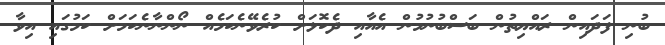
ބުނި ފަދައިން ރައްޔިތުން ބަސްބުނުމުން އެއާއި ދެކޮޅަށް ކުރެވޭނެކަމެއް ނޯންނާނެކަމަށް ކަމުގައި އިވާ